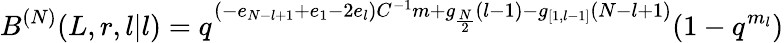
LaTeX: B^{(N)}(L,r,l|l)=q^{(-e_{N-l+1}+e_{1}-2e_{l})C^{-1}m+g_{\frac{N}{2}}(l-1)-g_{[1,l-1]}(N-l+1)}(1-q^{m_{l}})